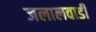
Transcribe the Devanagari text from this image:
जलालवाडी